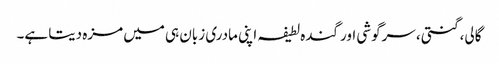
گالی، گنتی، سرگوشی اور گندہ لطیفہ اپنی مادری زبان ہی میں مزہ دیتا ہے۔